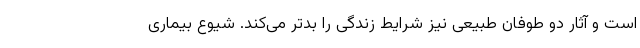
است و آثار دو طوفان طبیعی نیز شرایط زندگی را بدتر می‌کند. شیوع بیماری